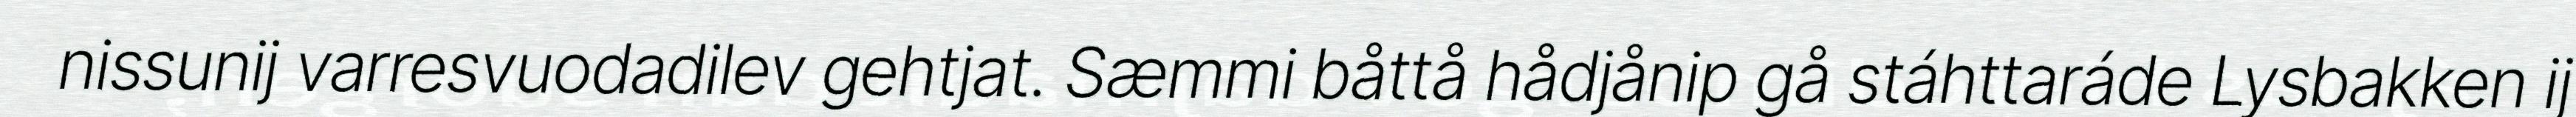
nissunij varresvuodadilev gehtjat. Sæmmi båttå hådjånip gå stáhttaráde Lysbakken ij